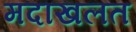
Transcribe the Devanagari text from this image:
मदाखलत